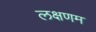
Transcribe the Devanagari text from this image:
लक्षणम